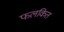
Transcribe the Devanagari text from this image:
फलकित